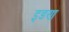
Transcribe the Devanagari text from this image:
इडण